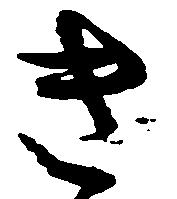
き